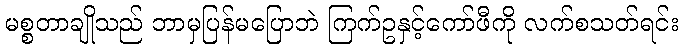
မစ္စတာချိုသည် ဘာမှပြန်မပြောဘဲ ကြက်ဥနှင့်ကော်ဖီကို လက်စသတ်ရင်း